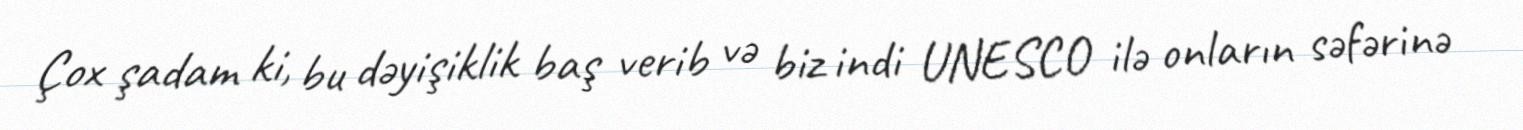
Çox şadam ki, bu dəyişiklik baş verib və biz indi UNESCO ilə onların səfərinə